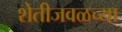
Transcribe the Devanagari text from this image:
शेतीजवळच्या